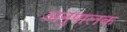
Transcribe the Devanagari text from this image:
अनुपालक